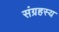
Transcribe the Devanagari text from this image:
संग्रहस्य